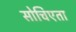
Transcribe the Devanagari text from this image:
सोचिएता